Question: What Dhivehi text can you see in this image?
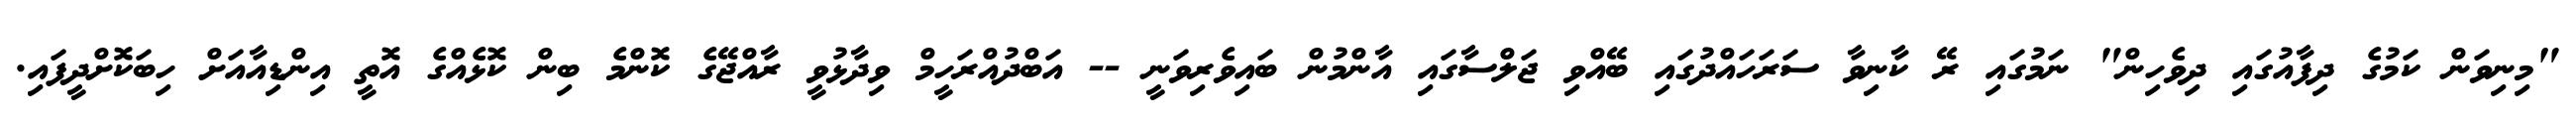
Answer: "މިނިވަން ކަމުގެ ދިފާއުގައި ދިވެހިން" ނަމުގައި ރޭ ކާނިވާ ސަރަހައްދުގައި ބޭއްވި ޖަލްސާގައި އާންމުން ބައިވެރިވަނީ -- އަބްދުއްރަހީމް ވިދާޅުވީ ރާއްޖޭގެ ކޮންމެ ބިން ކޮޅެއްގެ އޮތީ އިންޑިއާއަށް ހިބަކޮށްދީފައި.